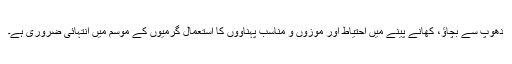
دھوپ سے بچاؤ، کھانے پینے میں احتیاط اور موزوں و مناسب پہناووں کا استعمال گرمیوں کے موسم میں انتہائی ضروری ہے۔